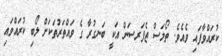
ކުރައްވާފައި ވެއެވެ. ތޯމަސް ޖެފަރސަން އަކީ ބަނގުރާ ގެ ވައްތަރުތަކަށް ލޯބި ކުރައްވައި